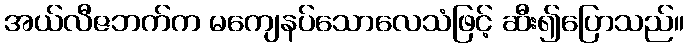
အယ်လီဇဘက်က မကျေနပ်သောလေသံဖြင့် ဆီး၍ပြောသည်။